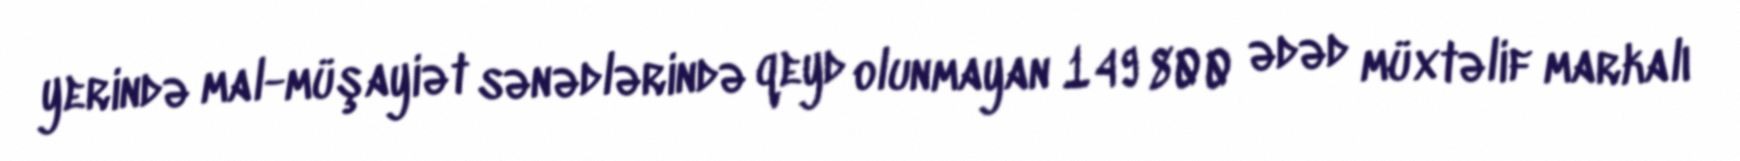
yerində mal-müşayiət sənədlərində qeyd olunmayan 149 800 ədəd müxtəlif markalı